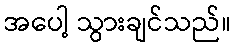
အပေါ့ သွားချင်သည်။